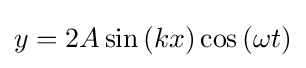
y=2A\sin \left(kx\right)\cos \left(\omega t\right)\,\!